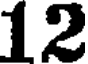
12